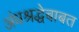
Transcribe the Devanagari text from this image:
अंधश्रद्धेबाबत